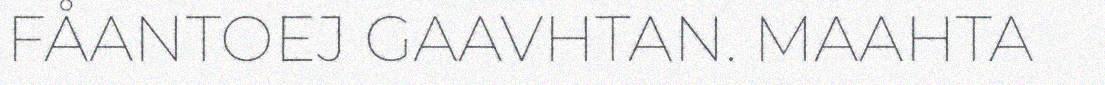
FÅANTOEJ GAAVHTAN. MAAHTA